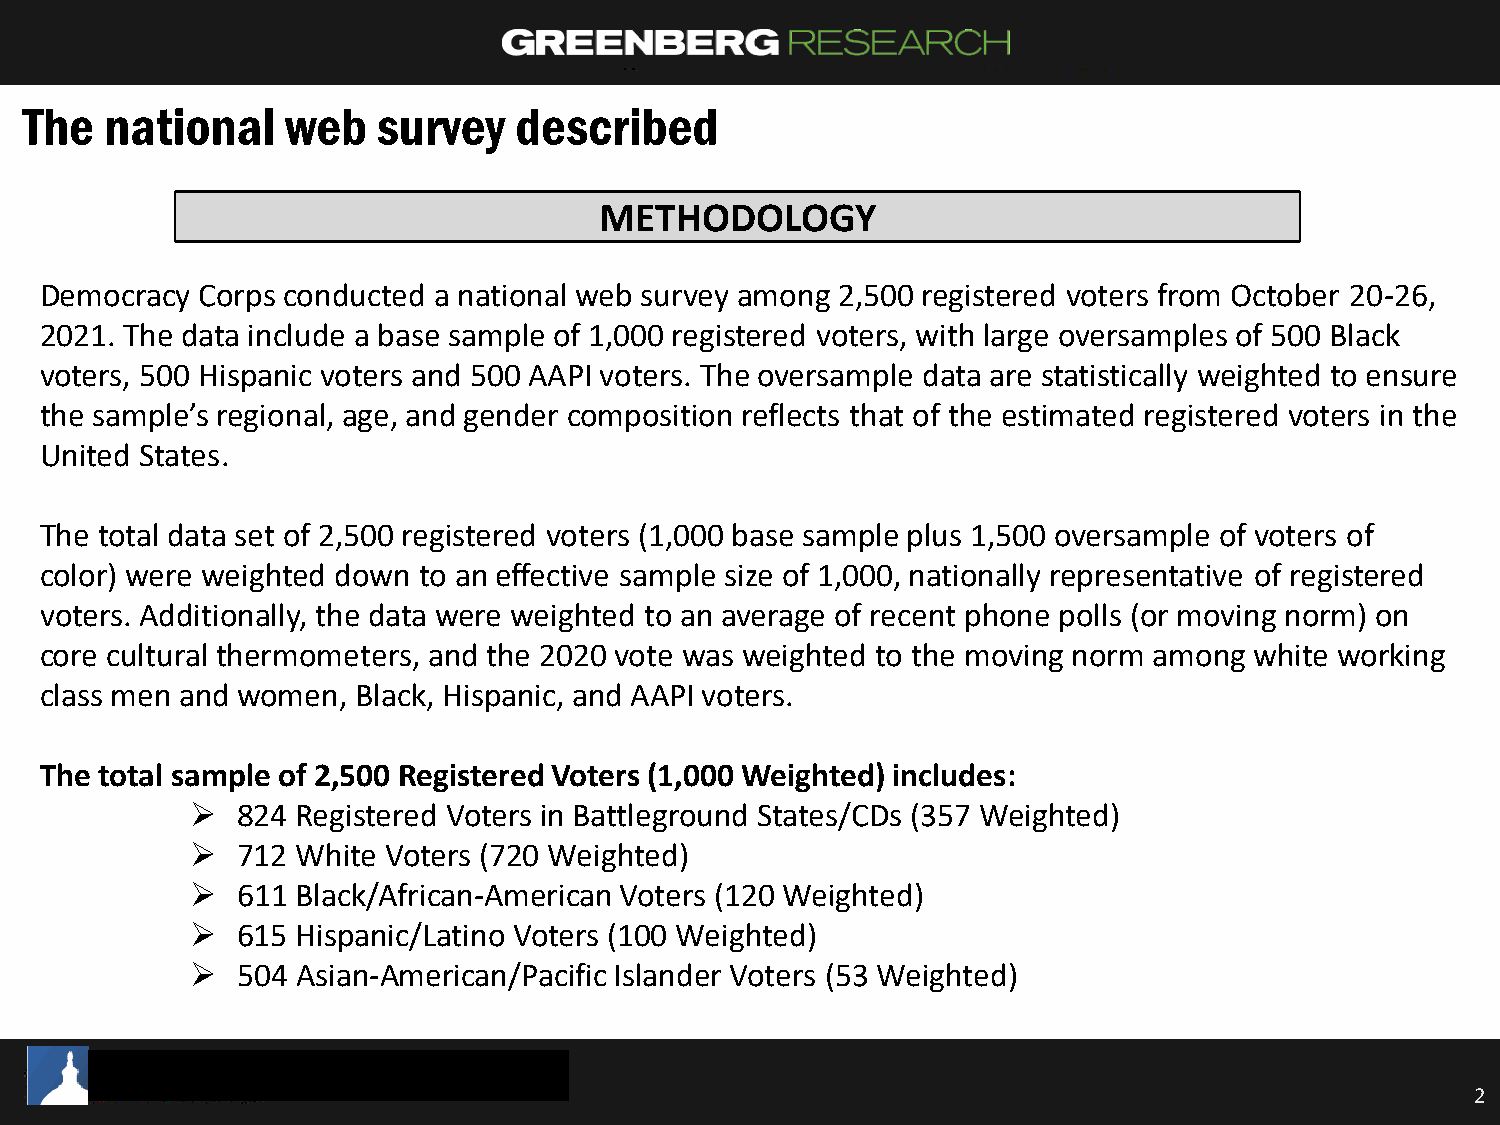
The   national    web   survey   described
 METHODOLOGY
 Democracy Corps conducted a national web survey among 2,500 registered voters from October 20-26,
 2021. The data include a base sample of 1,000 registered voters, with large oversamples of 500 Black
 voters, 500 Hispanic voters and 500 AAPI voters. The oversample data are statistically weighted to ensure
 the sample’s regional, age, and gender composition reflects that of the estimated registered voters in the
 United States.
 The total data set of 2,500 registered voters (1,000 base sample plus 1,500 oversample of voters of
 color) were weighted down to an effective sample size of 1,000, nationally representative of registered
 voters. Additionally, the data were weighted to an average of recent phone polls (or moving norm) on
 core cultural thermometers, and the 2020 vote was weighted to the moving norm among white working
 class men and women, Black, Hispanic, and AAPI voters.
 The total sample of 2,500 Registered Voters (1,000 Weighted) includes:
 ➢  824 Registered Voters in Battleground States/CDs (357 Weighted)
 ➢  712 White Voters (720 Weighted)
 ➢  611 Black/African-American Voters (120 Weighted)
 ➢  615 Hispanic/Latino Voters (100 Weighted)
 ➢  504 Asian-American/Pacific Islander Voters (53 Weighted)
 2